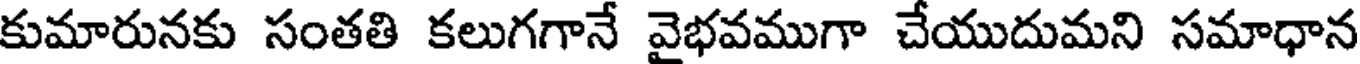
కుమారునకు సంతతి కలుగగానే వైభవముగా చేయుదుమని సమాధాన